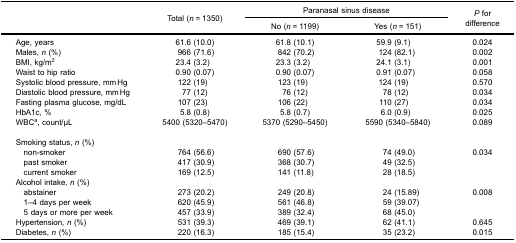
<table><thead><tr><td rowspan="3"><b> </b></td><td rowspan="3"><b>Total (<i>n</i> = 1350)</b></td><td colspan="2"><b>Paranasal sinus disease</b></td><td rowspan="3"><b><i>P</i> fordifference</b></td></tr><tr><td><b>No (<i>n</i> = 1199)</b></td><td><b>Yes (<i>n</i> = 151)</b></td></tr></thead><tbody><tr><td>Age, years</td><td>61.6 (10.0)</td><td>61.8 (10.1)</td><td>59.9 (9.1)</td><td>0.024</td></tr><tr><td>Males, <i>n</i> (%)</td><td>966 (71.6)</td><td>842 (70.2)</td><td>124 (82.1)</td><td>0.002</td></tr><tr><td>BMI, kg/m<sup>2</sup></td><td>23.4 (3.2)</td><td>23.3 (3.2)</td><td>24.1 (3.1)</td><td>0.001</td></tr><tr><td>Waist to hip ratio</td><td>0.90 (0.07)</td><td>0.90 (0.07)</td><td>0.91 (0.07)</td><td>0.058</td></tr><tr><td>Systolic blood pressure, mm Hg</td><td>122 (19)</td><td>123 (19)</td><td>124 (19)</td><td>0.570</td></tr><tr><td>Diastolic blood pressure, mm Hg</td><td>77 (12)</td><td>76 (12)</td><td>78 (12)</td><td>0.034</td></tr><tr><td>Fasting plasma glucose, mg/dL</td><td>107 (23)</td><td>106 (22)</td><td>110 (27)</td><td>0.034</td></tr><tr><td>HbA1c, %</td><td>5.8 (0.8)</td><td>5.8 (0.7)</td><td>6.0 (0.9)</td><td>0.025</td></tr><tr><td>WBC<sup>a</sup>, count/μL</td><td>5400 (5320–5470)</td><td>5370 (5290–5450)</td><td>5590 (5340–5840)</td><td>0.089</td></tr><tr><td colspan="5">Smoking status, <i>n</i> (%)</td></tr><tr><td> non-smoker</td><td>764 (56.6)</td><td>690 (57.6)</td><td>74 (49.0)</td><td>0.034</td></tr><tr><td> past smoker</td><td>417 (30.9)</td><td>368 (30.7)</td><td>49 (32.5)</td><td> </td></tr><tr><td> current smoker</td><td>169 (12.5)</td><td>141 (11.8)</td><td>28 (18.5)</td><td> </td></tr><tr><td colspan="5">Alcohol intake, <i>n</i> (%)</td></tr><tr><td> abstainer</td><td>273 (20.2)</td><td>249 (20.8)</td><td>24 (15.89)</td><td>0.008</td></tr><tr><td> 1–4 days per week</td><td>620 (45.9)</td><td>561 (46.8)</td><td>59 (39.07)</td><td> </td></tr><tr><td> 5 days or more per week</td><td>457 (33.9)</td><td>389 (32.4)</td><td>68 (45.0)</td><td> </td></tr><tr><td>Hypertension, <i>n</i> (%)</td><td>531 (39.3)</td><td>469 (39.1)</td><td>62 (41.1)</td><td>0.645</td></tr><tr><td>Diabetes, <i>n</i> (%)</td><td>220 (16.3)</td><td>185 (15.4)</td><td>35 (23.2)</td><td>0.015</td></tr></tbody></table>